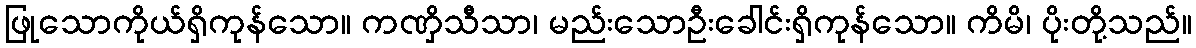
ဖြုသောကိုယ်ရှိကုန်သော။ ကဏှိသီသာ၊ မည်းသောဦးခေါင်းရှိကုန်သော။ ကိမိ၊ ပိုးတို့သည်။